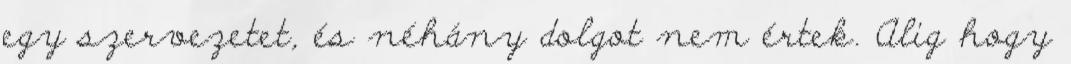
egy szervezetet, és néhány dolgot nem értek. Alig hogy